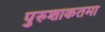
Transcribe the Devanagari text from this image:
पुरुशाकतमा